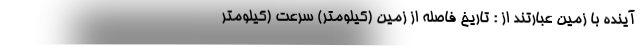
آینده با زمین عبارتند از : تاریخ فاصله از زمین (کیلومتر) سرعت (کیلومتر